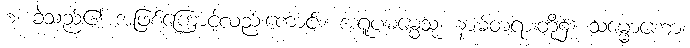
စ၊ ခဲသည်၏ အဖြစ်ကြောင့်လည်းကောင်း။ အရူပဓမ္မေသု၊ နာမ်တရားတို့၌။ သမ္မောဟော၊